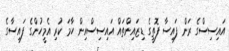
އައިސިސްގެ ރަން ފައިސާ ފޮތީގެ ޑިޒައިންތައް އައިސިސްއިން ހާމަ ކުރި އެމީހުންގެ ފައިސާގެ